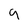
Character: 9